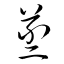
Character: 蒸